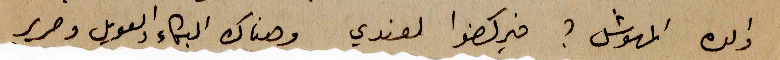
والده المهوشل؟ فيركضوا لعندي وهناك البكاء والعويل وصرير